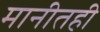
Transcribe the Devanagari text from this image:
मानीतही